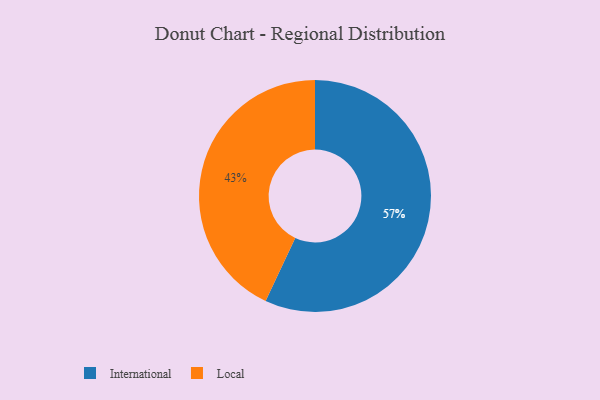
{"axis": {"x": "Category", "y": "Percentage"}, "legend": ["International", "Local"], "data": [{"x": "Local", "y": 43, "type": "Local"}, {"x": "International", "y": 57, "type": "International"}]}